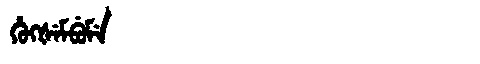
Manchu: ᡥᡠᡴᡧᡝᠮᠪᡠᠮᡝ
Romanization: HUKŠEMBUME